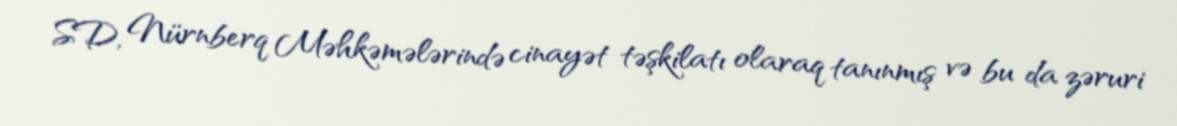
SD, Nürnberq Məhkəmələrində cinayət təşkilatı olaraq tanınmış və bu da zəruri